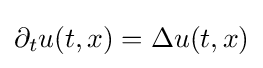
\partial _{t}u(t,x)=\Delta u(t,x)